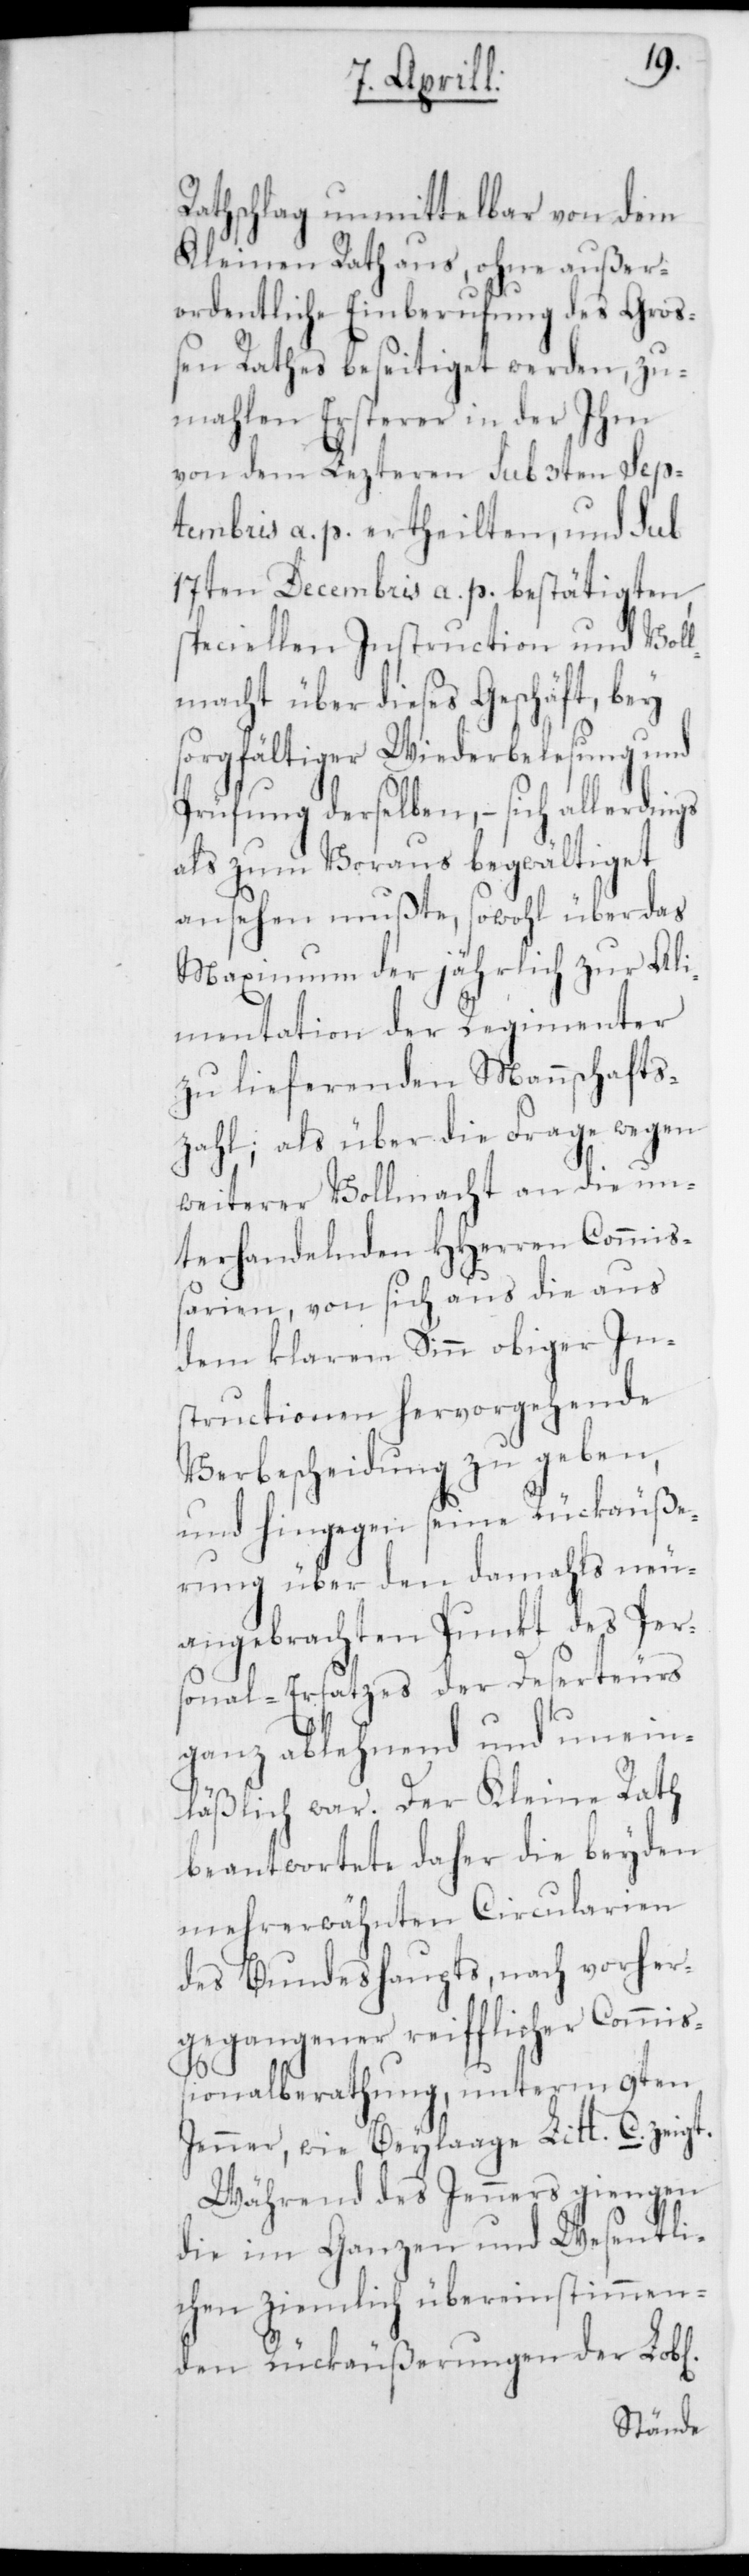
Rathschlag unmittelbar von dem
Kleinen Rath aus, ohne außer¬
ordentliche Einberufung des Groß¬
en Rathes beseitiget werden, zu¬
mahlen ersterer in der Ihm
von dem Letzteren sub 3ten Sep¬
tembris a. p. erteilten, und sub
17ten Decembris a. p. bestätigten,
speciellen Instruction und Vol¬
lmacht über dieses Geschäft, bey
sorgfältiger Wiederbelesung und
Prüfung derselben, – sich allerdings
als zum Voraus begwältiget
ansehen musste, sowohl über das
Maximum der jährlich zur Ali¬
mentation der Regimenter
zu lieferenden Mannschafts¬
zahl, als über die Frage wegen
weiterer Vollmacht an die un¬
terhandelnden HHerren Commiß¬
arien, von sich aus die aus
dem klaren Sinn obiger In¬
structionen hervorgehende
Verbescheidung zu geben,
und hingegen seine Rückäuße¬
rung über den damahls neu¬
angebrachten Punkt des Per¬
sonal-Ersatzes der Deserteurs
ganz ablehnend und unein¬
läßlich war. Der Kleine Rath
beantwortete daher die beyden
mehrerwähnten Circularien
des Bundeshaupts, nach vorher¬
gegangener reifflicher Commiß¬
ionalberathung unterm 9ten
Jenner, wie Beilage Litt. C. zeigt.
Während des Jenners giengen
die im Ganzen und Wesentli¬
chen ziemlich übereinstimmen¬
den Rückäußerungen der Lobl.